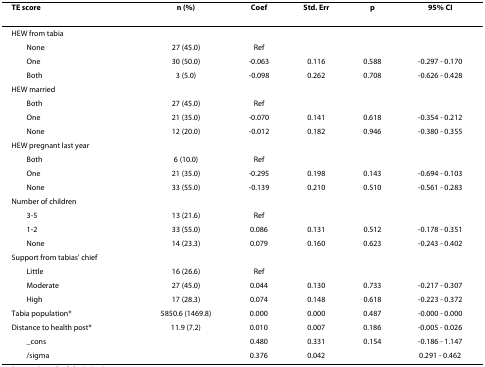
<table><thead><tr><td><b>TE score</b></td><td><b>n (%)</b></td><td><b>Coef</b></td><td><b>Std. Err</b></td><td><b>p</b></td><td><b>95% CI</b></td></tr></thead><tbody><tr><td>HEW from tabia</td><td></td><td></td><td></td><td></td><td></td></tr><tr><td> None</td><td>27 (45.0)</td><td>Ref</td><td></td><td></td><td></td></tr><tr><td> One</td><td>30 (50.0)</td><td>-0.063</td><td>0.116</td><td>0.588</td><td>-0.297 - 0.170</td></tr><tr><td> Both</td><td>3 (5.0)</td><td>-0.098</td><td>0.262</td><td>0.708</td><td>-0.626 - 0.428</td></tr><tr><td>HEW married</td><td></td><td></td><td></td><td></td><td></td></tr><tr><td> Both</td><td>27 (45.0)</td><td>Ref</td><td></td><td></td><td></td></tr><tr><td> One</td><td>21 (35.0)</td><td>-0.070</td><td>0.141</td><td>0.618</td><td>-0.354 - 0.212</td></tr><tr><td> None</td><td>12 (20.0)</td><td>-0.012</td><td>0.182</td><td>0.946</td><td>-0.380 - 0.355</td></tr><tr><td>HEW pregnant last year</td><td></td><td></td><td></td><td></td><td></td></tr><tr><td> Both</td><td>6 (10.0)</td><td>Ref</td><td></td><td></td><td></td></tr><tr><td> One</td><td>21 (35.0)</td><td>-0.295</td><td>0.198</td><td>0.143</td><td>-0.694 - 0.103</td></tr><tr><td> None</td><td>33 (55.0)</td><td>-0.139</td><td>0.210</td><td>0.510</td><td>-0.561 - 0.283</td></tr><tr><td>Number of children</td><td></td><td></td><td></td><td></td><td></td></tr><tr><td> 3-5</td><td>13 (21.6)</td><td>Ref</td><td></td><td></td><td></td></tr><tr><td> 1-2</td><td>33 (55.0)</td><td>0.086</td><td>0.131</td><td>0.512</td><td>-0.178 - 0.351</td></tr><tr><td> None</td><td>14 (23.3)</td><td>0.079</td><td>0.160</td><td>0.623</td><td>-0.243 - 0.402</td></tr><tr><td>Support from tabias&#x27; chief</td><td></td><td></td><td></td><td></td><td></td></tr><tr><td> Little</td><td>16 (26.6)</td><td>Ref</td><td></td><td></td><td></td></tr><tr><td> Moderate</td><td>27 (45.0)</td><td>0.044</td><td>0.130</td><td>0.733</td><td>-0.217 - 0.307</td></tr><tr><td> High</td><td>17 (28.3)</td><td>0.074</td><td>0.148</td><td>0.618</td><td>-0.223 - 0.372</td></tr><tr><td>Tabia population*</td><td>5850.6 (1469.8)</td><td>0.000</td><td>0.000</td><td>0.487</td><td>-0.000 - 0.000</td></tr><tr><td>Distance to health post*</td><td>11.9 (7.2)</td><td>0.010</td><td>0.007</td><td>0.186</td><td>-0.005 - 0.026</td></tr><tr><td> _cons</td><td></td><td>0.480</td><td>0.331</td><td>0.154</td><td>-0.186 - 1.147</td></tr><tr><td> /sigma</td><td></td><td>0.376</td><td>0.042</td><td></td><td>0.291 - 0.462</td></tr></tbody></table>